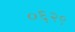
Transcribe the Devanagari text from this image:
०६२९